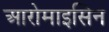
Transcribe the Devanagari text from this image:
आरोमाइसिन